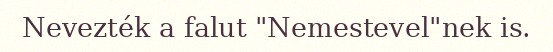
Nevezték a falut "Nemestevel"nek is.